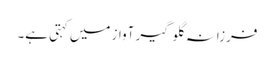
فرزانہ گلوگیر آواز میں کہتی ہے۔